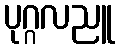
ပုဂ္ဂလညူ